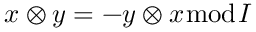
x \otimes y = - y \otimes x { \bmod { I } }